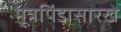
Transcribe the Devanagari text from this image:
मूत्रपिंडासारखे